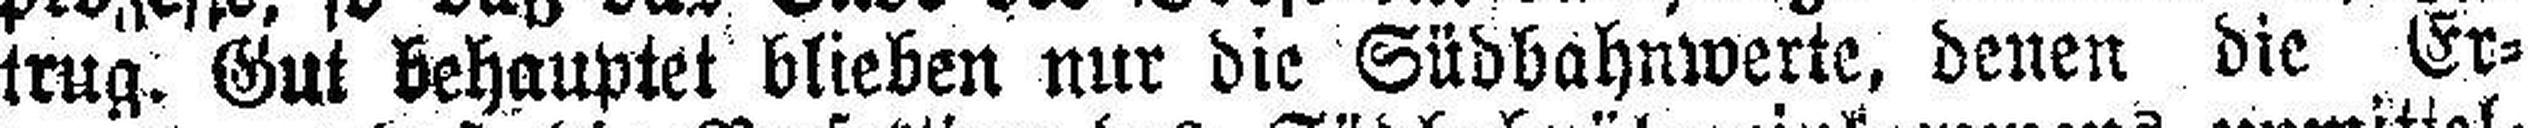
trug. Gut behauptet blieben nur die Südbahnwerte, denen die Er¬